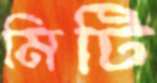
মিটি